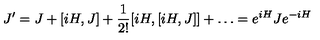
J ^ { \prime } = J + [ i H , J ] + \frac { 1 } { 2 ! } [ i H , [ i H , J ] ] + \ldots = e ^ { i H } J e ^ { - i H }